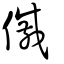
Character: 傶